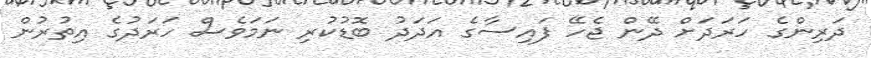
ދަރިންގެ ހަރަދަށް ދޭން ޖެހޭ ފައިސާގެ އަދަދު ބޮޑުކުރި ނަމަވެސް ހަރަދުގެ އިތުރުން